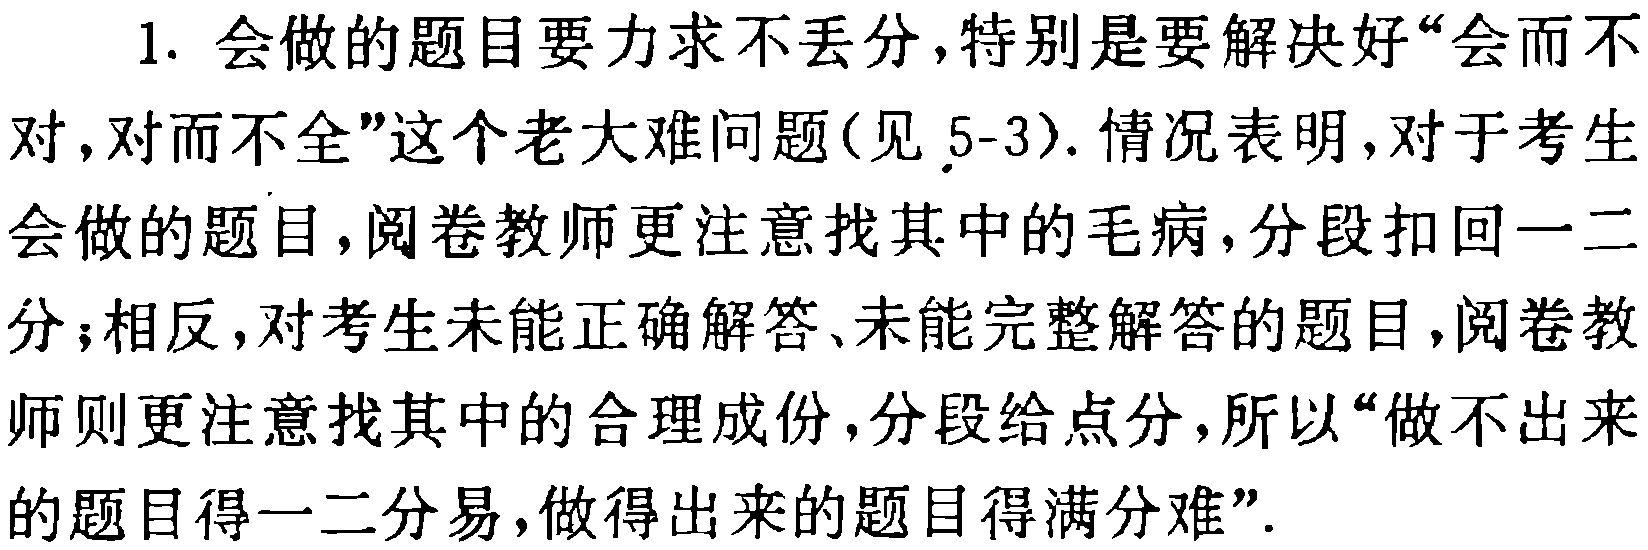
1. 会做的题目要力求不丢分,特别是要解决好“会而不对,对而不全”这个老大难问题(见 5-3). 情况表明,对于考生会做的题目,阅卷教师更注意找其中的毛病,分段扣回一二分;相反,对考生未能正确解答、未能完整解答的题目,阅卷教师则更注意找其中的合理成份,分段给点分,所以“做不出来的题目得一二分易,做得出来的题目得满分难”.